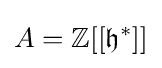
A=\mathbb {Z} [[{\mathfrak {h}}^{*}]]